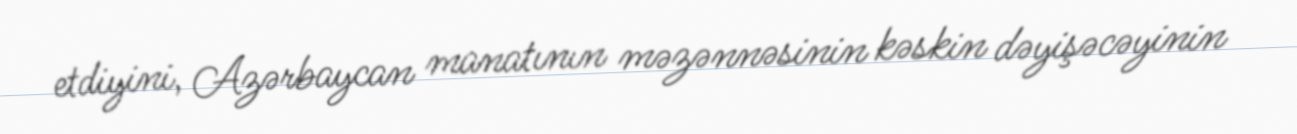
etdiyini, Azərbaycan manatının məzənnəsinin kəskin dəyişəcəyinin